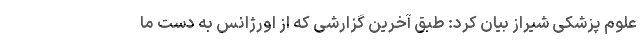
علوم پزشکی شیراز بیان کرد: طبق آخرین گزارشی که از اورژانس به دست ما